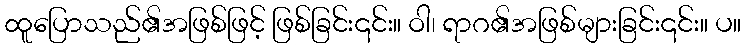
ထူပြောသည်၏အဖြစ်ဖြင့် ဖြစ်ခြင်း၎င်း။ ဝါ၊ ရာဂ၏အဖြစ်များခြင်း၎င်း။ ပ။